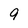
Character: 9